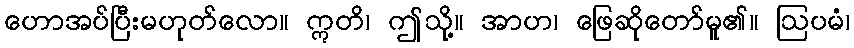
ဟောအပ်ပြီးမဟုတ်လော။ ဣတိ၊ ဤသို့။ အာဟ၊ ဖြေဆိုတော်မူ၏။ ဩပမံ၊